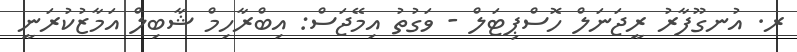
ރ. އުނގޫފާރު ރީޖަނަލް ހޮސްޕިޓަލް - ވަގުތު އިމޭޖަސް: އިބްރާހިމް ޝާބިލް އަމާޒުކުރަނީ